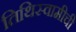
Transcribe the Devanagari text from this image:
तिथिस्वामीची